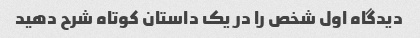
دیدگاه اول شخص را در یک داستان کوتاه شرح دهید